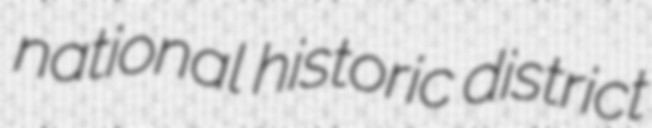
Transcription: national historic district